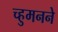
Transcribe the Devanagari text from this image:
च्हुमनने